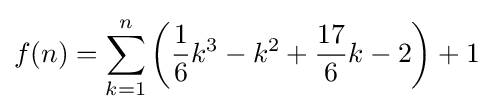
f(n)=\sum _{k=1}^{n}\left({\frac {1}{6}}k^{3}-k^{2}+{\frac {17}{6}}k-2\right)+1